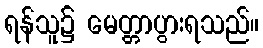
ရန်သူ၌ မေတ္တာပွားရသည်။